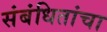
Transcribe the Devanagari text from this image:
संबंधितांचा